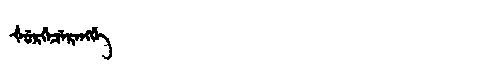
Manchu: ᡧᡠᡵᡤᡝᠴᡝᡵᡝᠩᡤᡝ
Romanization: ŠURGECERENGGE